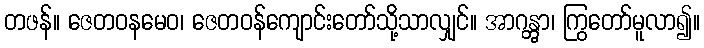
တဖန်။ ဇေတဝနမေဝ၊ ဇေတဝန်ကျောင်းတော်သို့သာလျှင်။ အာဂန္တွာ၊ ကြွတော်မူလာ၍။